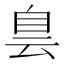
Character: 𦤆